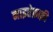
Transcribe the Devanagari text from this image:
नाइत्तेफ़ाक़ी